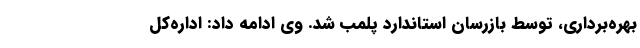
بهره‌برداری، توسط بازرسان استاندارد پلمب شد. وی ادامه داد: اداره‌کل